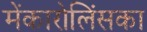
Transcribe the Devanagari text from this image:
मेंकारोलिंसका